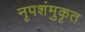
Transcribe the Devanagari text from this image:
नृपशंमुकृत